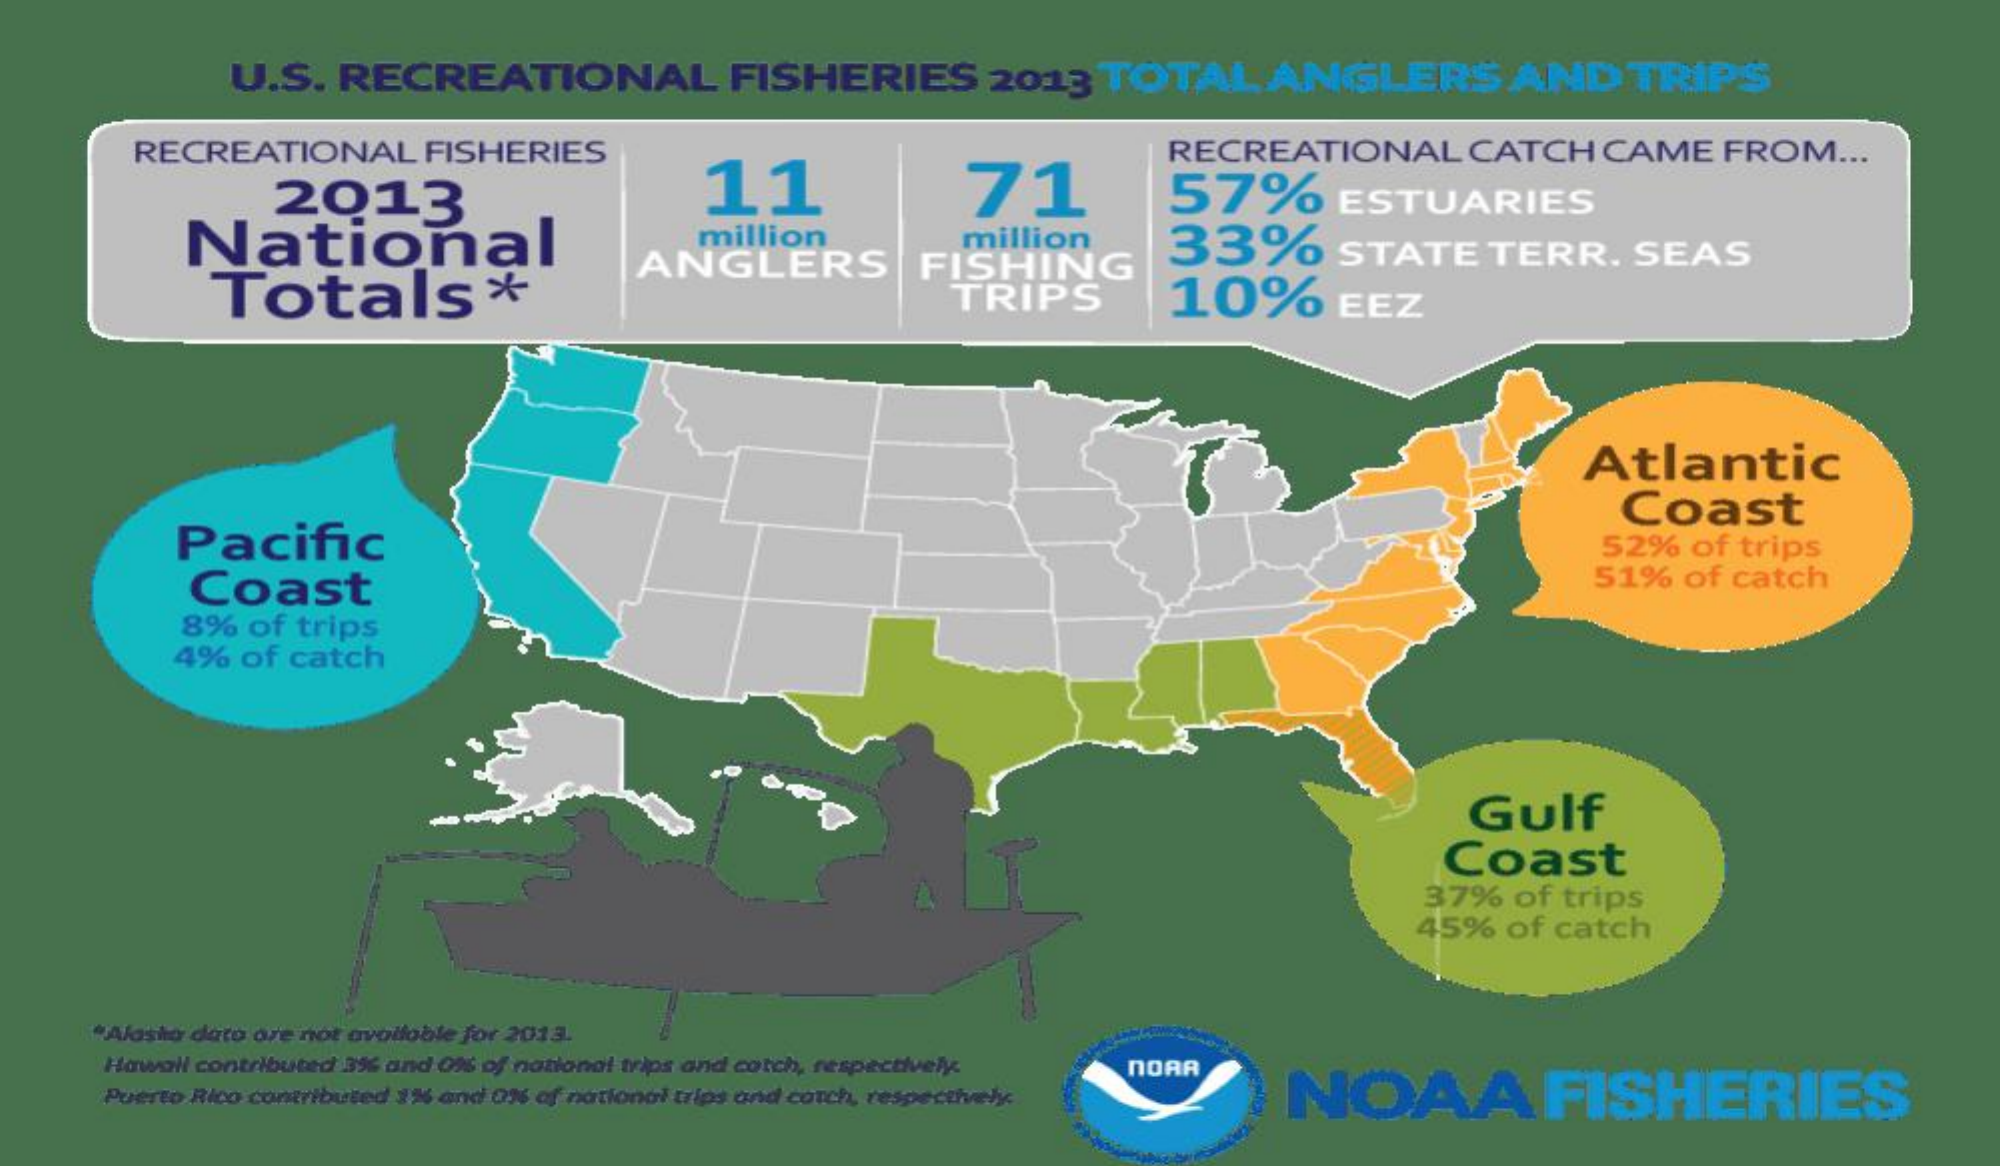
U.S. RECREATIONAL    FISHERIES  2013 TOTAL  ANGLERS    AND  TRIPS
     RECREATIONAL FISHERIES    RECREATIONAL CATCH CAME FROM ...
     2013    11    71
     National
     57%    ESTUARIES
     million    million
     ANGLERS    FISHING
     33%    STATE  TERR. SEAS
     Totals*    TRIPS    10%    EEZ
     Atlantic
     Pacific
     Coast
     52% of trips
     Coast    51% of catch
     8% of trips
     4% of catch
     Gulf
     Coast
     37% of trips
     45% of catch
    "Alasta dato are not available for 2013.
     Hawall contributed 3% and 01s of national trips and catch, respectively NOAR
     NOAA    FISHERIES Puerto Rico contributed 1% and 016 af national trips and catch, respecthelic